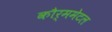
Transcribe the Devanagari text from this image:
कौर्ममेटल